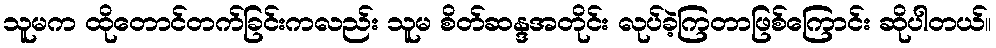
သူမက ထိုတောင်တက်ခြင်းကလည်း သူမ စိတ်ဆန္ဒအတိုင်း လုပ်ခဲ့ကြတာဖြစ်ကြောင်း ဆိုပါတယ်။